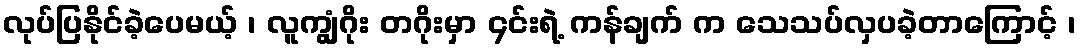
လုပ်ပြနိုင်ခဲ့ပေမယ့် ၊ လူကျွံဂိုး တဂိုးမှာ ၄င်းရဲ့ ကန်ချက် က သေသပ်လှပခဲ့တာကြောင့် ၊